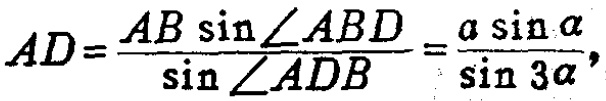
\[
AD=\frac{AB\sin\angle ABD}{\sin\angle ADB}=\frac{a\sin\alpha}{\sin 3\alpha},
\]